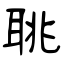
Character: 聎